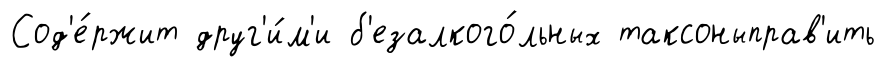
Сод'е́ржит друг'и́м'и б'езалкого́льных таксоныправ'ить